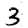
Digit: 3